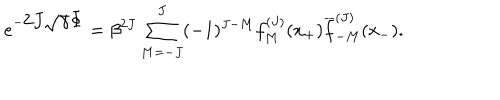
e ^ { - \displaystyle 2 J \sqrt { \gamma } \Phi } = \beta ^ { 2 J } \sum _ { M = - J } ^ { J } ( - 1 ) ^ { J - M } f _ { M } ^ { ( J ) } ( x _ { + } ) \overline { { f } } _ { - M } ^ { ( J ) } ( x _ { - } ) .